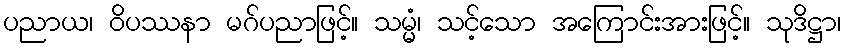
ပညာယ၊ ဝိပဿနာ မဂ်ပညာဖြင့်။ သမ္မံ၊ သင့်သော အကြောင်းအားဖြင့်။ သုဒိဋ္ဌာ၊